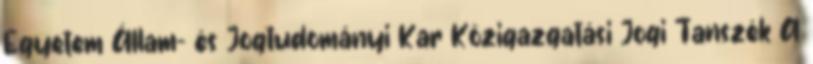
Egyetem Állam- és Jogtudományi Kar Közigazgatási Jogi Tanszék A